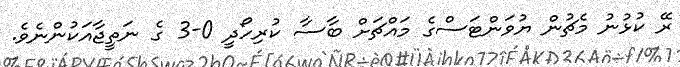
ރޭ ކުޅުނު މެޗުން ޔުވަންޓަސްގެ މައްޗަށް ބާސާ ކުރިހޯދީ 0-3 ގެ ނަތީޖާއަކުންނެވެ.